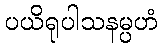
ပယိရုပါသနမ္ပဟံ